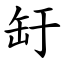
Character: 䍂